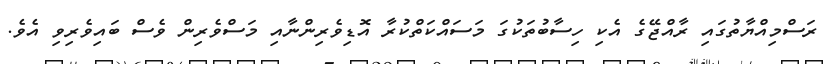
ރަސްމިއްޔާތުގައި ރާއްޖޭގެ އެކި ހިސާބުތަކުގަ މަސައްކަތްކުރާ އޮޑިވެރިންނާއި މަސްވެރިން ވެސް ބައިވެރިވި އެވެ.